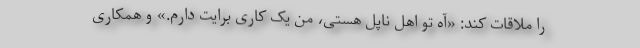
را ملاقات کند: «آه تو اهل ناپل هستی، من یک کاری برایت دارم.» و همکاری